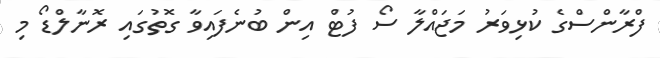
ފްރާންސްގެ ކުޅިވަރު މަޖައްލާ ސޯ ފުޓް އިން ބުނެފައިވާ ގޮތުގައި ރޮނާލްޑޯ މި